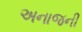
અનાજની